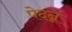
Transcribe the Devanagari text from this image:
पेदन्न